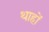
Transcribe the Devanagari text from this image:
थाहों